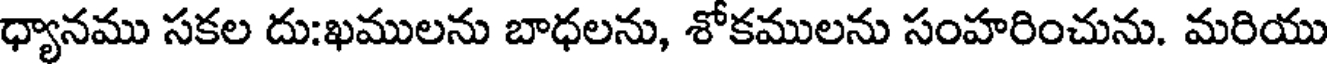
ధ్యానము సకల దు:ఖములను బాధలను, శోకములను సంహరించును. మరియు